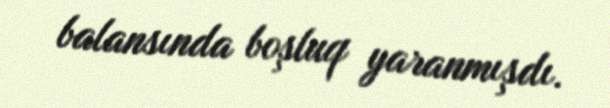
balansında boşluq yaranmışdı.